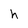
Character: h